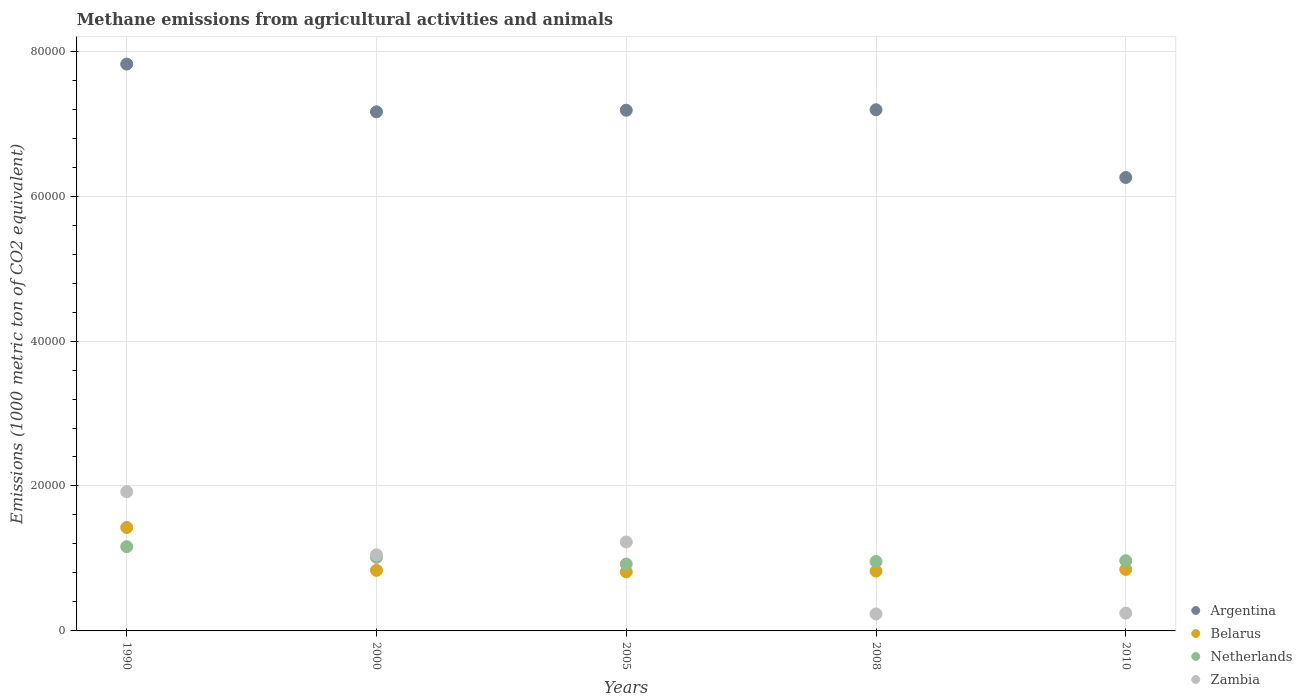
| Years | Argentina | Belarus | Netherlands | Zambia |
 | --- | --- | --- | --- | --- |
 | 1990 | 7.82e+04 | 1.43e+04 | 1.16e+04 | 1.92e+04 |
 | 2000 | 7.16e+04 | 8.36e+03 | 1.01e+04 | 1.05e+04 |
 | 2005 | 7.19e+04 | 8.15e+03 | 9.23e+03 | 1.23e+04 |
 | 2008 | 7.19e+04 | 8.25e+03 | 9.57e+03 | 2.34e+03 |
 | 2010 | 6.26e+04 | 8.49e+03 | 9.69e+03 | 2.46e+03 |